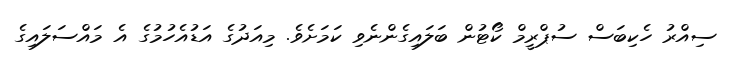
ސިއްރު ހެކިބަސް ސުޕްރީމް ކޯޓުން ބަލައިގެންނެވި ކަމަށެވެ. މިއަދުގެ އަޑުއެހުމުގެ އެ މައްސަލައިގެ